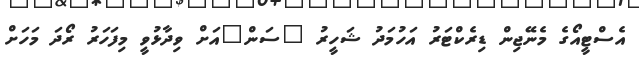
އެސްޓީއޯގެ މެނޭޖިން ޑިރެކްޓަރު އަހުމަދު ޝަހީރު "ސަން"އަށް ވިދާޅުވީ މިފަހަރު ރޯދަ މަހަށް